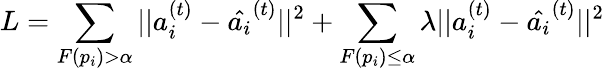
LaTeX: L=\sum_{F(p_{i})>\alpha}||a_{i}^{(t)}-\hat{a_{i}}^{(t)}||^{2}+\sum_{F(p_{i})\leq\alpha}\lambda||a_{i}^{(t)}-\hat{a_{i}}^{(t)}||^{2}